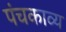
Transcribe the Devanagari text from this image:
पंचकाव्य